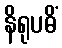
နိရုပဓိံ